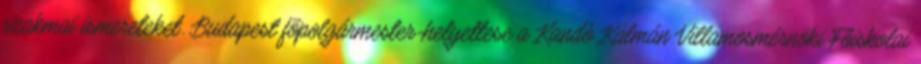
szakmai ismereteket. Budapest fõpolgármester-helyettese a Kandó Kálmán Villamosmérnöki Fõiskolai